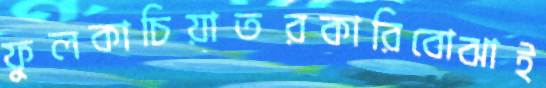
ফুলকাচিয়াতরকারিবোঝাই